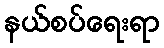
နယ်စပ်ရေးရာ